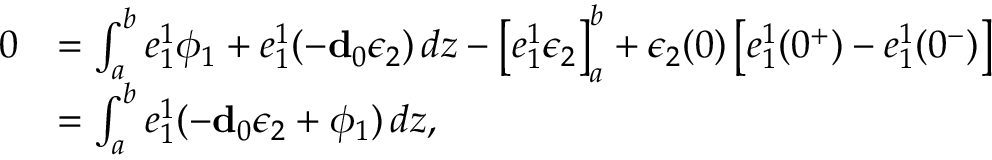
\begin{array} { r l } { 0 } & { = \int _ { a } ^ { b } e _ { 1 } ^ { 1 } \phi _ { 1 } + e _ { 1 } ^ { 1 } ( - \mathbf { d } _ { 0 } \epsilon _ { 2 } ) \, d z - \big [ e _ { 1 } ^ { 1 } \epsilon _ { 2 } \big ] _ { a } ^ { b } + \epsilon _ { 2 } ( 0 ) \left[ e _ { 1 } ^ { 1 } ( 0 ^ { + } ) - e _ { 1 } ^ { 1 } ( 0 ^ { - } ) \right] } \\ & { = \int _ { a } ^ { b } e _ { 1 } ^ { 1 } ( - \mathbf { d } _ { 0 } \epsilon _ { 2 } + \phi _ { 1 } ) \, d z , } \end{array}